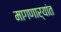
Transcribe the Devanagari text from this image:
मागणार्‍यांत